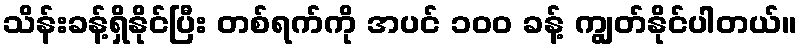
သိန်းခန့်ရှိနိုင်ပြီး တစ်ရက်ကို အပင် ၁၀၀ ခန့် ကျွတ်နိုင်ပါတယ်။